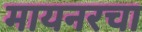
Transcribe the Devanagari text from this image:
मायनरचा